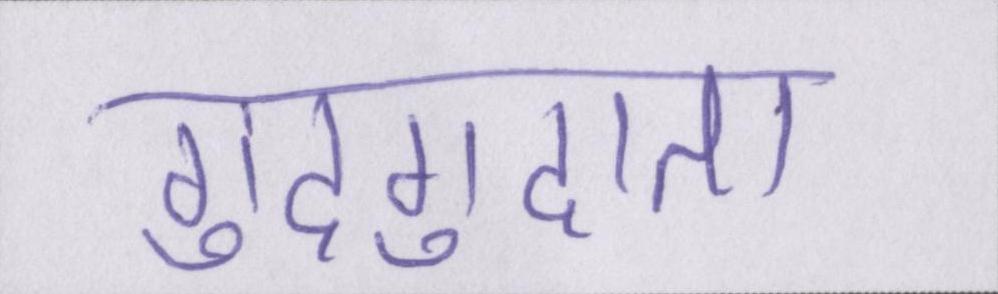
गुदगुदाता